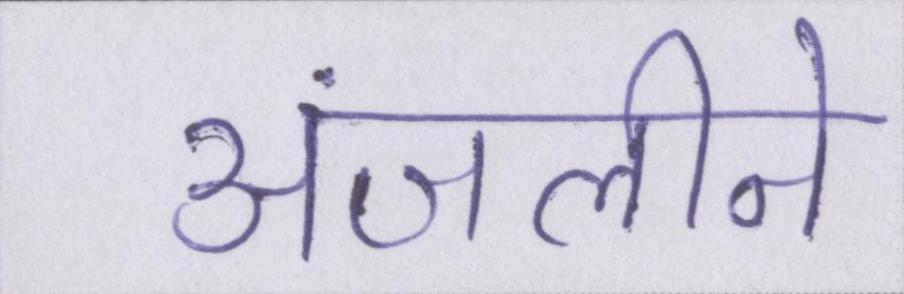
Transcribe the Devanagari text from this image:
अंजलीने